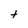
Character: t